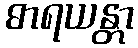
ဓာရယန္တာ